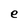
Character: e